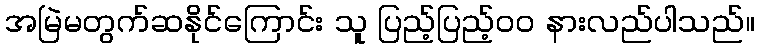
အမြဲမတွက်ဆနိုင်ကြောင်း သူ ပြည့်ပြည့်၀၀ နားလည်ပါသည်။